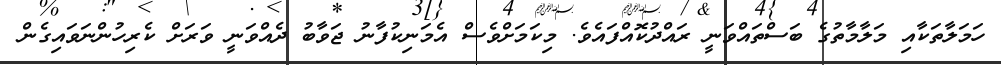
ހަމަލާތަކާއި މަލާމާތުގެ ބަސްތައްވަނީ ރައްދުކޮއްފައެވެ. މިކަމަށްވެސް އެމަނިކުފާނު ޖަވާބު ދެއްވަނީ ވަރަށް ކެރިހުންނަވައިގެން